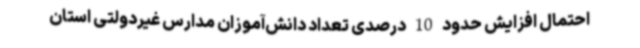
احتمال افزایش حدود 10 درصدی تعداد دانش‌آموزان مدارس غیردولتی استان